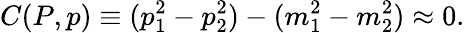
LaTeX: C(P,p)\equiv(p_{1}^{2}-p_{2}^{2})-(m_{1}^{2}-m_{2}^{2})\approx 0.